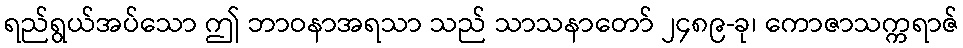
ရည်ရွယ်အပ်သော ဤ ဘာဝနာအရသာ သည် သာသနာတော် ၂၄၈၉-ခု၊ ကောဇာသက္ကရာဇ်